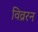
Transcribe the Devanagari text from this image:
विव्ररन